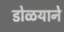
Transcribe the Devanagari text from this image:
डोळयाने